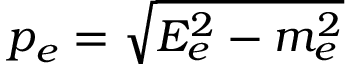
p _ { e } = \sqrt { E _ { e } ^ { 2 } - m _ { e } ^ { 2 } }